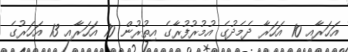
އަަހަރާއި 10 އަހަރާ ދެމެދުގެ އުމުރުފުރާގެ އިތުރުން 10 އަހަރާއި 13 އަހަރުގެ